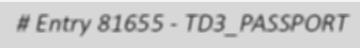
# Entry 81655 - TD3_PASSPORT